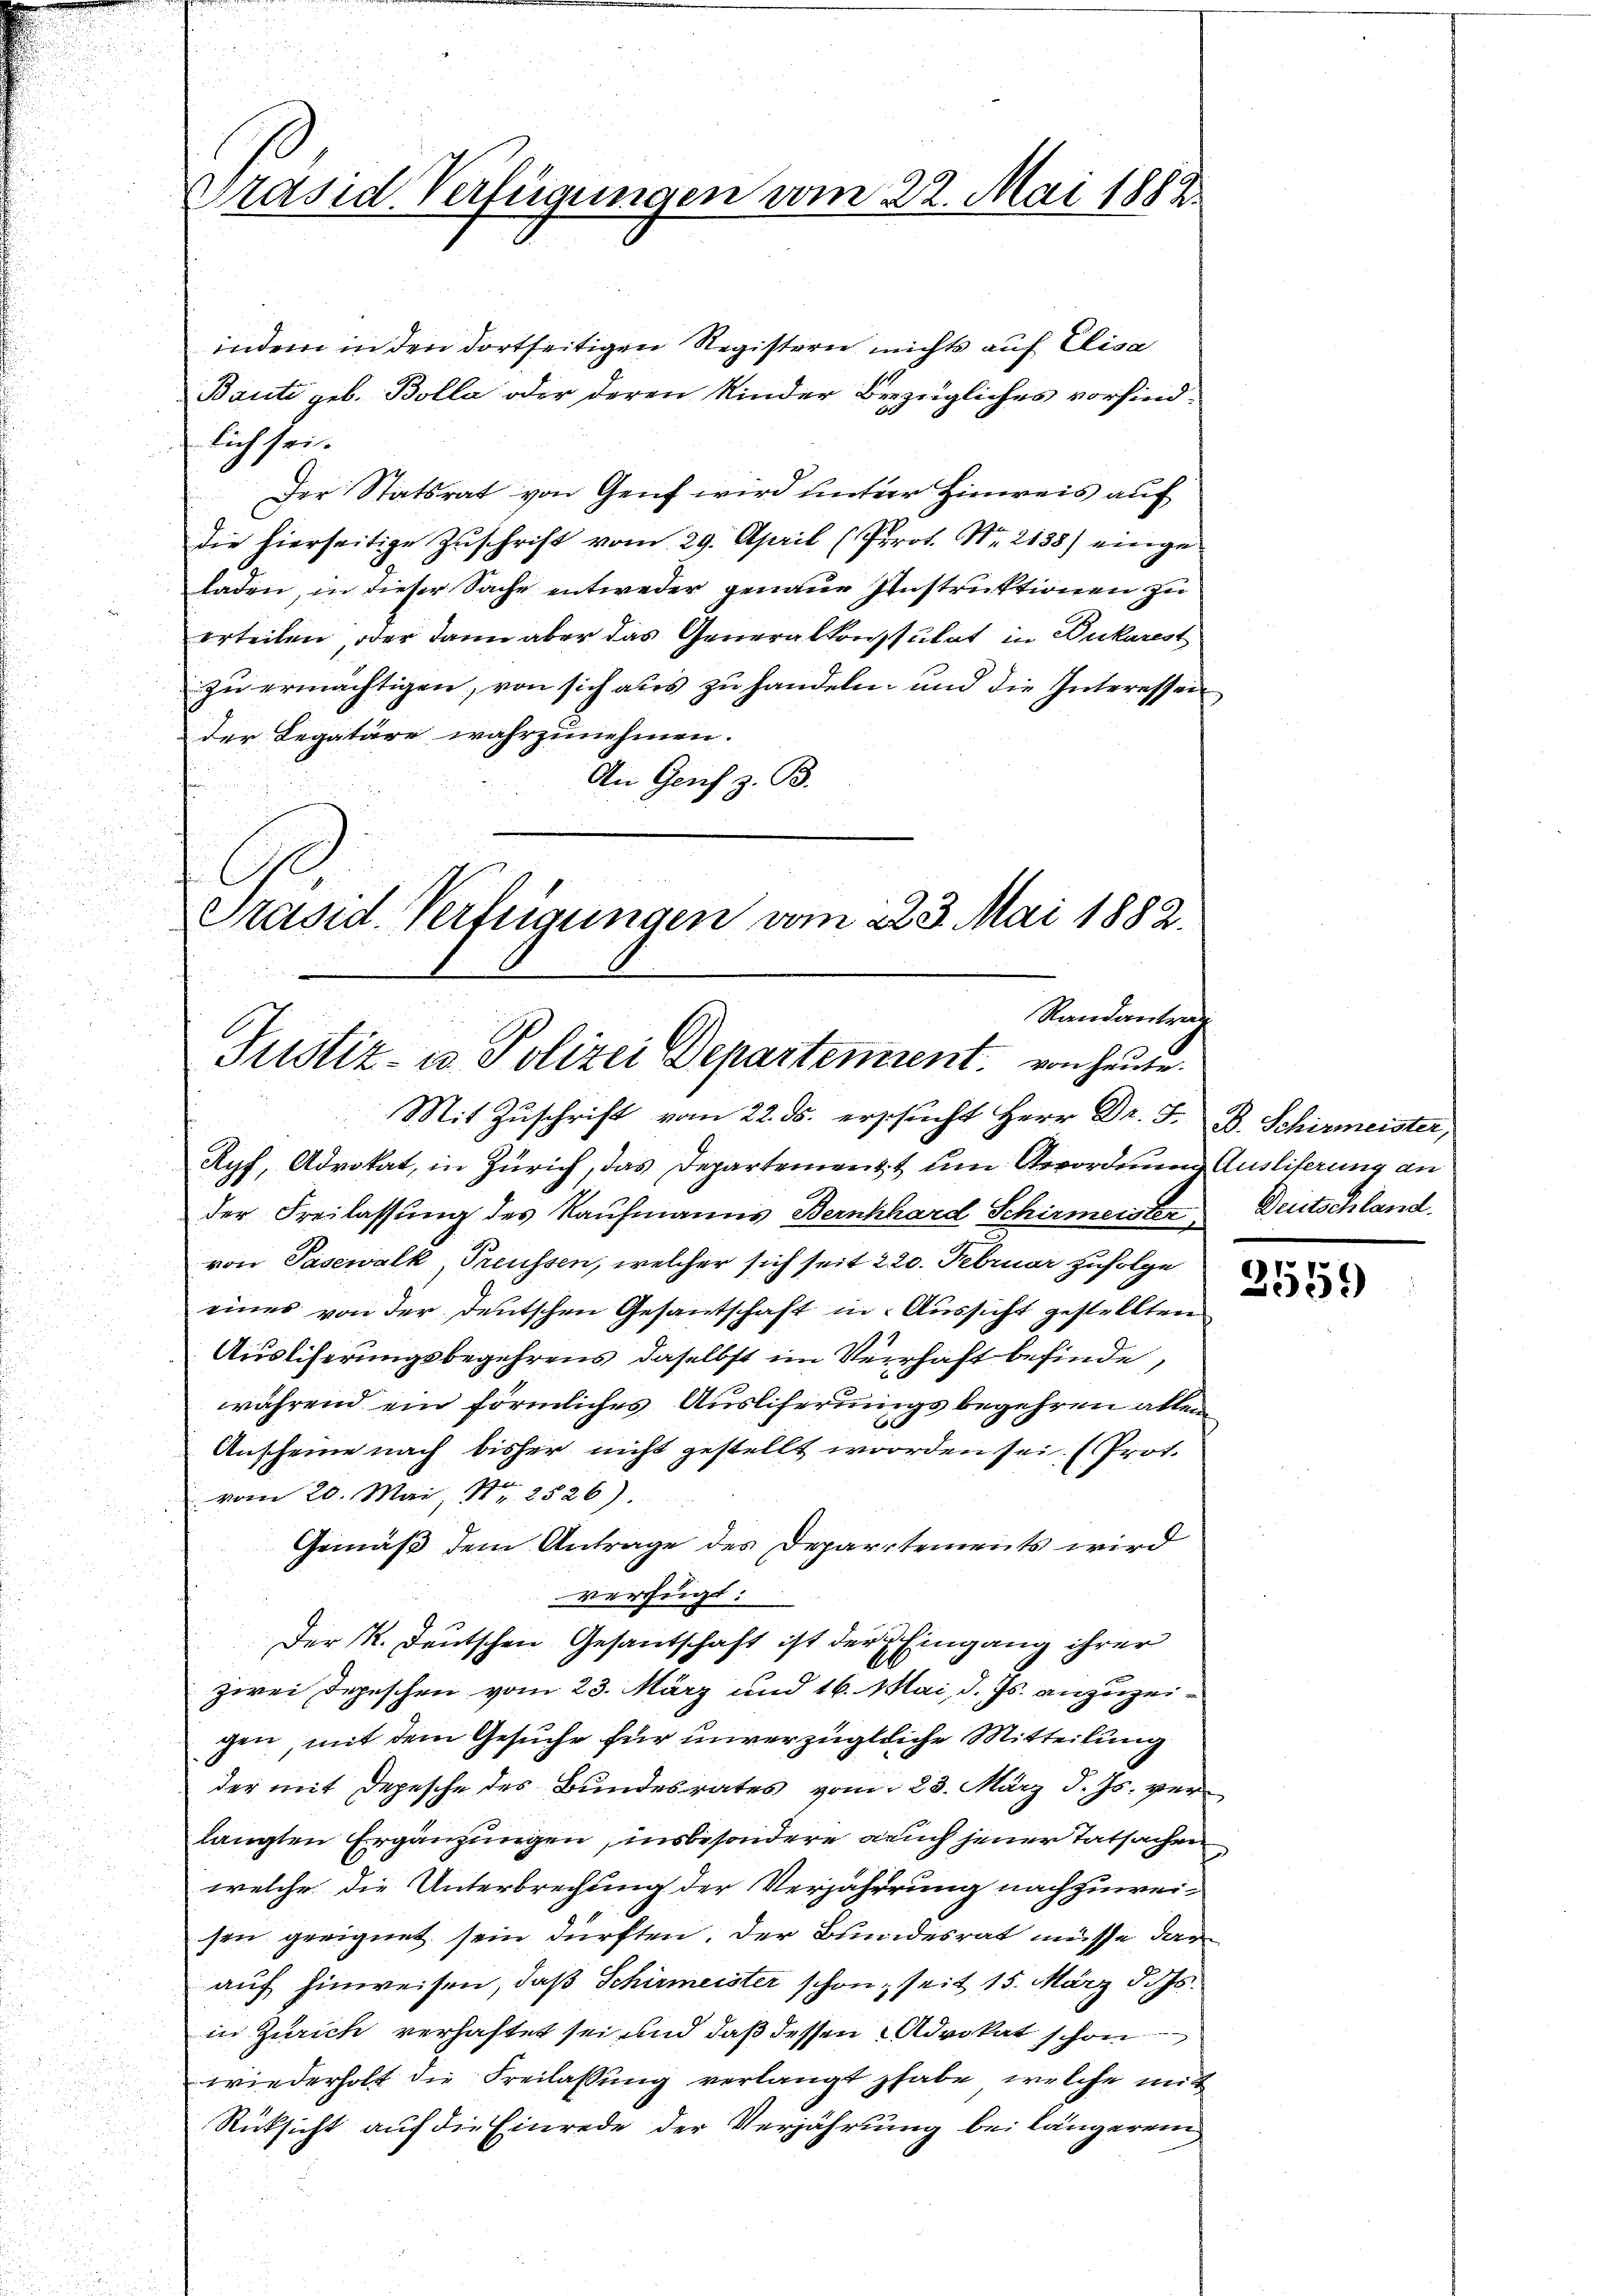
Präsid. Verfügungen vom 22. Mai 1882.

indem in den dortseitigen Registern nichts auf Elisa
Baute geb. Bolla oder deren Kinder Bezügliches vorfind-
lich sei.
Der Statsrat von Genf wird unterer Hinweis auf
die hierseitige Zuschrift vom 29. April (Prot. Nr. 2138) eingeladen, in dieser Sache entweder genaue Instruktionen zu
erteilen, oder dann aber das Generalkonsulat in Dukarest
zu ermächtigen, von sich aus zu handeln, und die Interessen
der Legatare wahrzunehmen.
An Genf z. B.
Präsid-Verfügungen vom 223. Mai 1882.

Randantrag
Justiz- u Polizei Departement. von heute.
Mit Zuschrift vom 22. ds. erschucht Herr Dr. F. B. Schirmeister,
Ryf, Advokat, in Zürich, das Departementit um Verordnung Ausliferung an

der Freilassung des Kaufmanns Bernhard Schirmeister
von Pasewalk, Preussen, welcher sich seit 220. Februar zufolge
eines von der deutschen Gesantschaft in Aussicht gestellten
Auslicherungsbegehrens daselbst im Verhaft befinde,
während ein förmliches Ausliferungsbegehren allein
Anscheine nach bisher nicht gestellt worden sei. (Prot.
vom 20. Mai, Nr. 2526).
Gemäß dem Antrage des Departements wird
verfügt:
Der K. Deutschen Gesantschaft ist der Eingang ihrer
zwei Depeschen vom 23. März und 16. Mai, d. Js. anzuzeigen, mit dem Gesuche für unverzügliche Mitteilung
der mit Depesche des Bundesrates vom 23. März d. Js. verlangten Ergänzungen, insbesondere auch jener Tatsachen
welche die Unterbrechung der Verjährung nachzuwei-
sen geeignet sein dürften. Der Bundesrat müsse darauf hinweisen, daß Schirmeister schon, seit 15. März d. Js.
in Zürich verhaftet sei und daß dessen Advokat schon
wiederholt die Freilassung verlangt habe, welche mit
Rücksicht auf die Einrede der Verjährung bei längerei

Deutschland.

1.
2539)